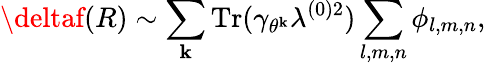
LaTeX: \deltaf(R)\sim\sum_{\mathbf{k}}\mathrm{{Tr}}(\gamma_{\theta^{\mathbf{k}}}\lambda^{(0)2})\sum_{l,m,n}\phi_{l,m,n},